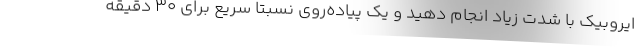
ایروبیک با شدت زیاد انجام دهید و یک پیاده‌روی نسبتا سریع برای 30 دقیقه